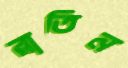
রাতিন